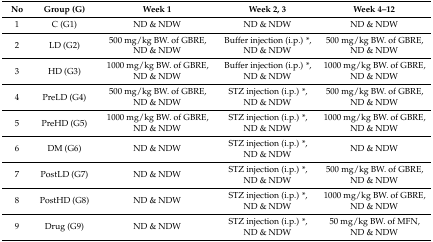
| No | Group (G) | Week 1 | Week 2, 3 | Week 4–12 |
 | --- | --- | --- | --- | --- |
 | 1 | C (G1) | ND & NDW | ND & NDW | ND & NDW |
 | 2 | LD (G2) | 500 mg/kg BW. of GBRE, ND & NDW | Buffer injection (i.p.) *, ND & NDW | 500 mg/kg BW. of GBRE, ND & NDW |
 | 3 | HD (G3) | 1000 mg/kg BW. of GBRE, ND & NDW | Buffer injection (i.p.) *, ND & NDW | 1000 mg/kg BW. of GBRE, ND & NDW |
 | 4 | PreLD (G4) | 500 mg/kg BW. of GBRE, ND & NDW | STZ injection (i.p.) *, ND & NDW | 500 mg/kg BW. of GBRE, ND & NDW |
 | 5 | PreHD (G5) | 1000 mg/kg BW. of GBRE, ND & NDW | STZ injection (i.p.) *, ND & NDW | 1000 mg/kg BW. of GBRE, ND & NDW |
 | 6 | DM (G6) | ND & NDW | STZ injection (i.p.) *, ND & NDW | ND & NDW |
 | 7 | PostLD (G7) | ND & NDW | STZ injection (i.p.) *, ND & NDW | 500 mg/kg BW. of GBRE, ND & NDW |
 | 8 | PostHD (G8) | ND & NDW | STZ injection (i.p.) *, ND & NDW | 1000 mg/kg BW. of GBRE, ND & NDW |
 | 9 | Drug (G9) | ND & NDW | STZ injection (i.p.) *, ND & NDW | 50 mg/kg BW. of MFN, ND & NDW |